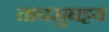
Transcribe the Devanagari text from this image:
तापसुघट्टय